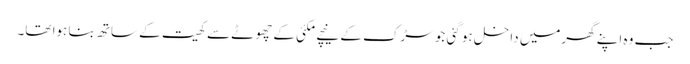
جب وہ اپنے گھرمیں داخل ہو گئی جو سڑک کے نیچے مکئی کے چھوٹے سے کھیت کے ساتھ بنا ہوا تھا۔